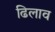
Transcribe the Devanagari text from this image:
ढिलाव